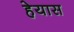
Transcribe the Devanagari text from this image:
हेयास